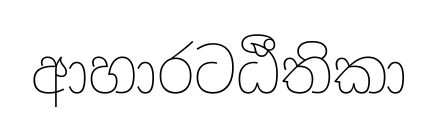
ආහාරටඨීතිකා